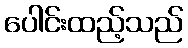
ပေါင်းထည့်သည်